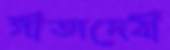
গীতাদেবী